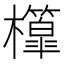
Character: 𣠘